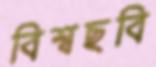
বিশ্বছবি